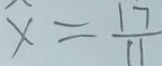
x = \frac { 1 7 } { 1 1 }